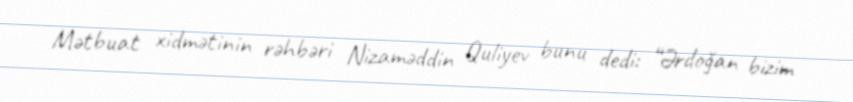
Mətbuat xidmətinin rəhbəri Nizaməddin Quliyev bunu dedi: “Ərdoğan bizim